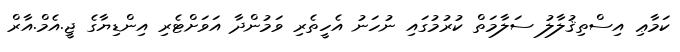
ކަމާޢި އިސްތިޤުލާލު ސަލާމަތް ކުރުމުގައި ނުހަނު އެހީތެރި ވަމުންދާ އަވަށްޓެރި އިންޑިޔާގެ ޖީ.އެމް.އާރް